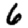
Digit: 6